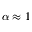
\alpha \approx 1